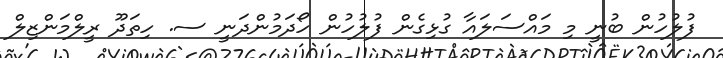
ފުލުހުން ބުނީ މި މައްސަލައާ ގުޅިގެން ފުލުހުން ހޯދަމުންދަނީ ސ. ހިތަދޫ ރީލްމަންޒިލް